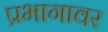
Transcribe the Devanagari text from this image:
प्रभागावर